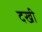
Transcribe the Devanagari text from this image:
दखी